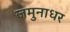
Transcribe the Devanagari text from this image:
जमुनाधर